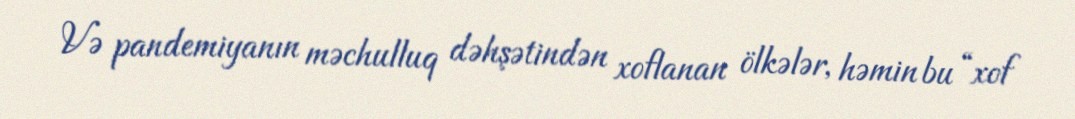
Və pandemiyanın məchulluq dəhşətindən xoflanan ölkələr, həmin bu “xof